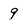
Character: 9